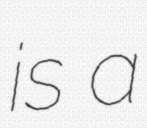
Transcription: is a